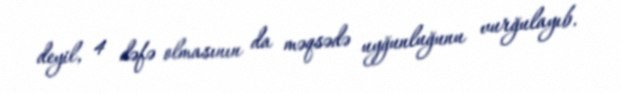
deyil, 4 dəfə olmasının da məqsədə uyğunluğunu vurğulayıb.